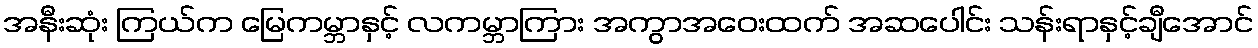
အနီးဆုံး ကြယ်က မြေကမ္ဘာနှင့် လကမ္ဘာကြား အကွာအဝေးထက် အဆပေါင်း သန်းရာနှင့်ချီအောင်